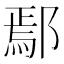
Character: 鄢